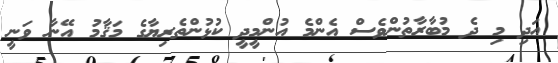
އަދި މި ދެ މުބާރާތުންވެސް އެންމެ އުންމީދީ ކުޅުންތެރިޔާގެ މަޤާމު އޭނާ ވަނީ